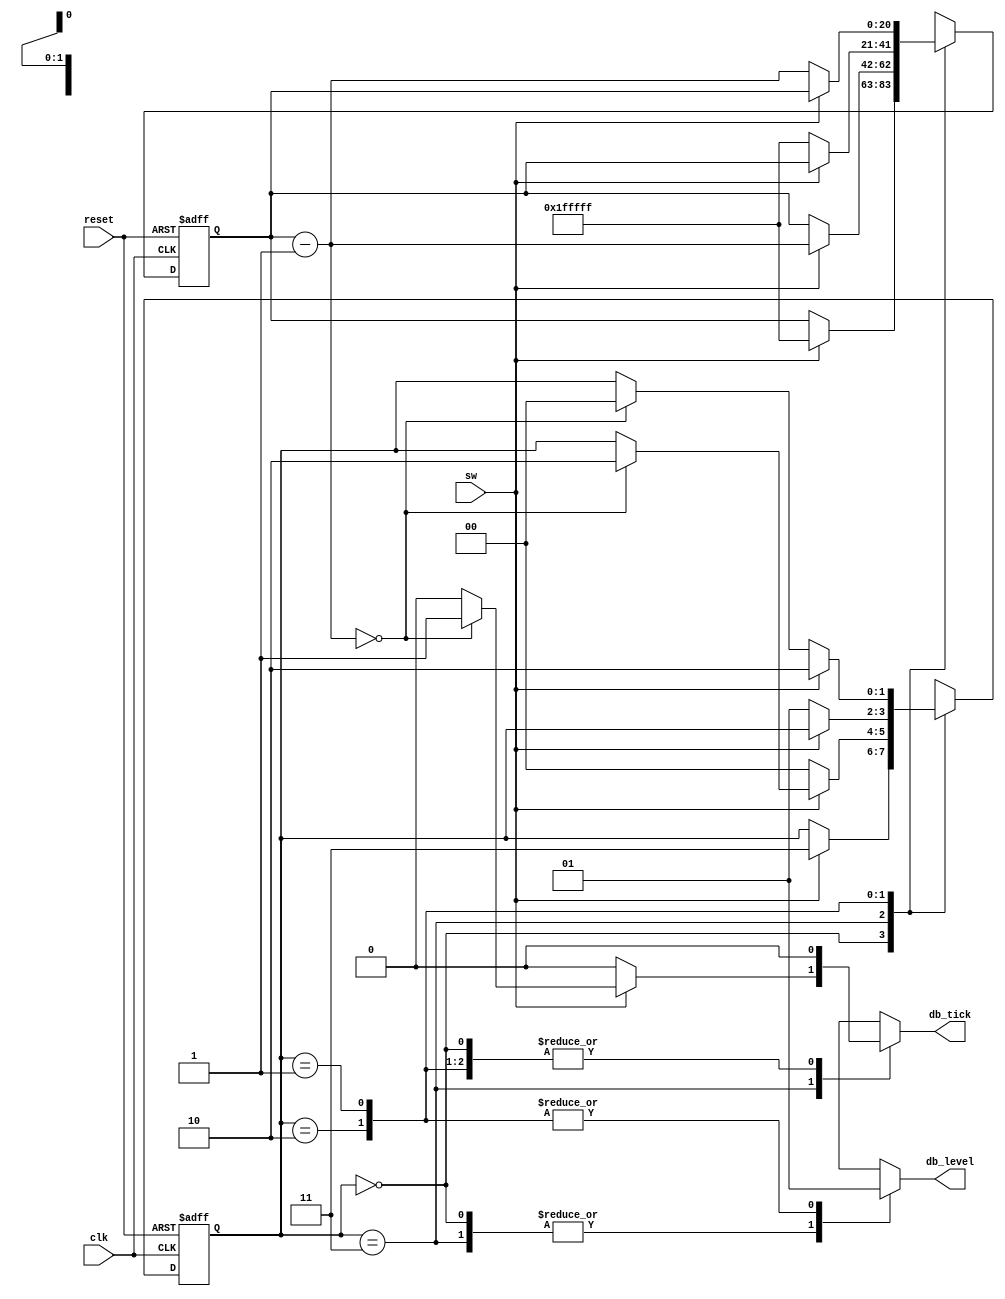
// Listing 4.21
`timescale 1ns / 1ps
module debounce
   (
    input wire clk, reset,
    input wire sw,
    output reg db_level, db_tick
   );

   // symbolic state declaration
   localparam  [1:0]
               zero  = 2'b00,
               wait0 = 2'b01,
               one   = 2'b10,
               wait1 = 2'b11;

   // number of counter bits (2^N * 20ns = 40ms)
   localparam N=21;

   // signal declaration
   reg [N-1:0] q_reg, q_next;
   reg [1:0] state_reg, state_next;

   // body
   // fsmd state & data registers
    always @(posedge clk, posedge reset)
       if (reset)
          begin
             state_reg <= zero;
             q_reg <= 0;
          end
       else
          begin
             state_reg <= state_next;
             q_reg <= q_next;
          end

   // next-state logic & data path functional units/routing
   always @*
   begin
      state_next = state_reg;   // default state: the same
      q_next = q_reg;           // default q: unchnaged
      db_tick = 1'b0;           // default output: 0
      case (state_reg)
         zero:
            begin
               db_level = 1'b0;
               if (sw)
                  begin
                     state_next = wait1;
                     q_next = {N{1'b1}}; // load 1..1
                  end
            end
         wait1:
            begin
               db_level = 1'b0;
               if (sw)
                  begin
                     q_next = q_reg - 1;
                     if (q_next==0)
                        begin
                           state_next = one;
                           db_tick = 1'b1;
                        end
                  end
               else // sw==0
                  state_next = zero;
            end
         one:
            begin
               db_level = 1'b1;
               if (~sw)
                  begin
                     state_next = wait0;
                     q_next = {N{1'b1}}; // load 1..1
                  end
            end
         wait0:
            begin
               db_level = 1'b1;
               if (~sw)
                  begin
                     q_next = q_reg - 1;
                     if (q_next==0)
                        state_next = zero;
                  end
               else // sw==1
                  state_next = one;

            end
         default: state_next = zero;
      endcase
   end

endmodule